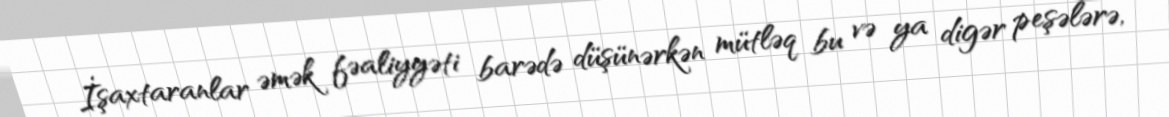
İşaxtaranlar əmək fəaliyyəti barədə düşünərkən mütləq bu və ya digər peşələrə,